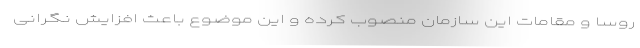
روسا و مقامات این سازمان منصوب کرده و این موضوع باعث افزایش نگرانی